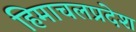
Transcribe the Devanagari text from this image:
हिमाचलप्रदेश